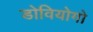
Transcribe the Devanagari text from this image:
डोवियोगो